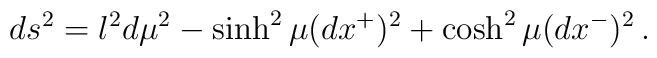
ds^2 = l^2 d\mu^2 - \sinh^2\mu (dx^+)^2 + \cosh^2\mu (dx^-)^2\,.